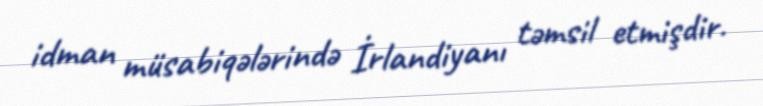
idman müsabiqələrində İrlandiyanı təmsil etmişdir.